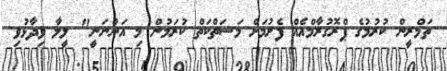
ތަމްރީން ކުރުމުގެ ޕްރޮގުރާމްއެއް ފެށުމަށް މަސަތްކަތް ކުރަމުން މި އަންނަނީ" ލީލާ ވިދާޅުވި